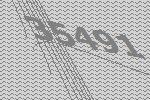
35491